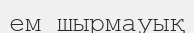
ем шырмауық